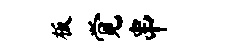
板觉串